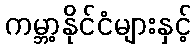
ကမ္ဘာ့နိုင်ငံများနှင့်